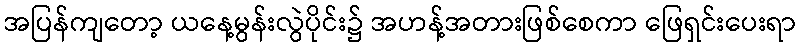
အပြန်ကျတော့ ယနေ့မွန်းလွဲပိုင်း၌ အဟန့်အတားဖြစ်စေကာ ဖြေရှင်းပေးရာ